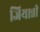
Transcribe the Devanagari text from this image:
जियान्नी